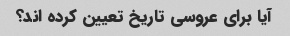
آیا برای عروسی تاریخ تعیین کرده اند؟